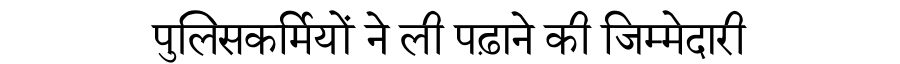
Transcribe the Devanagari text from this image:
पुलिसकर्मियों ने ली पढ़ाने की जिम्मेदारी